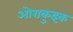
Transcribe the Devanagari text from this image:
ओराकुइक